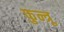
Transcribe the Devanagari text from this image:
फुन्त्रू